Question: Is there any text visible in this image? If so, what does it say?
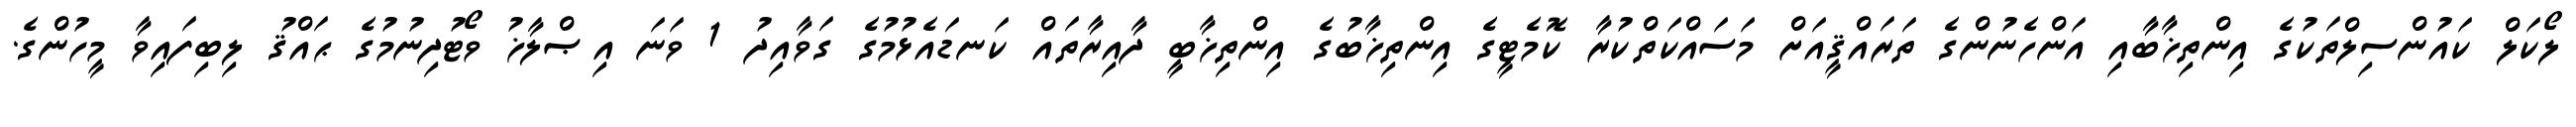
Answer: ލޯކަލް ކައުންސިލްތަކުގެ އިންތިޚާބާއި އަންހެނުންގެ ތަރައްޤީއަށް މަސައްކަތްކުރާ ކޮމެޓީގެ އިންތިޚާބުގެ އިންތިޚާބީ ދާއިރާތައް ކަނޑައެޅުމުގެ ގަވާއިދު 1 ވަނަ އިޞްލާޚު ވޯޓުދިނުމުގެ ޙައްޤު ލިބިފައިވާ މީހުންގެ.